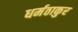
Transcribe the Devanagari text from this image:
धर्मठाकुर